Vaccination North-Western Provinces and Oudh 1878-1895 - 1878-1895
Year: 1878
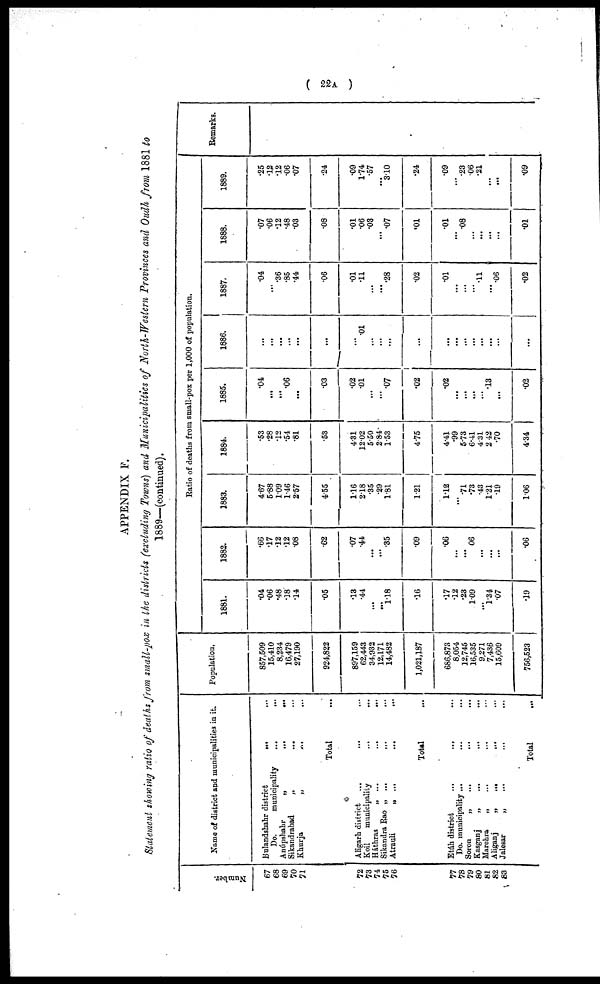
( 22A )
APPENDIX F.
Statement showing ratio of deaths from small-pox in the districts (excluding Towns) and Municipalities of North-Western Provinces and Oudh from 1881 to
1889—(continued).
Number.
67
68
69
70
71
72
73
74
75
76
77
78
79
80
81
82
83
Name of district and municipalities in it.
Bulandshahr district ... ...
Do. municipality ... ...
Anúpshahr „ ... ...
Sikandrabad „ ... ...
Khurja
„
...
...
Total ...
Aligarh district ... ... ...
Koil municipality ... ...
Háthras „ ... ...
Sikandra Rao „ ... ...
Atrauli
„
...
...
Total ...
Etáh district ... ... ...
Do. municipality ... ... ...
Soron „ ... ...
Kasganj „ ... ...
Marchra „ ... ...
Aliganj „ ... ...
Jalesar
„
...
...
Total ...
Population.
857,509
15,410
8,234
16,479
27,190
924,822
897,159
62,443 34,932 12,171
14,482
1,021,187
686,873
8,054
12,745
16,535
9,271
7,436
15,609
756,523
Ratio of deaths from small-pox per 1,000 of population.
1881.
.04
.06
.48
.18
.14
.05
.13
.44
...
...
1.18
.16
.17
.12
.23
1.09
...
1.34
.07
.19
1882.
.66
.17
.12
.12
.08
.62
.07
.44
...
...
.35
.09
.06
...
...
.06
...
...
...
.06
1883.
4.67
5.88
1.09
1.46
2.57
4.55
1.16
2.18
.35
.29
1.81
1.21
1.12
...
.71
.73
.43
1.21
.19
1.06
1884.
.53
.28
.12
.54
.81
.53
4.31
12.02
5.50
2.84
1.53
4.75
4.41
.99
5.73
6.41
4.31
2.42
.70
4.34
1885.
.04
...
...
.06
...
.03
.02
.01
...
...
.07
.02
.02
...
...
...
...
.13
...
.02
1886.
...
...
...
...
...
...
...
.01
...
...
...
...
...
...
...
...
...
...
...
...
1887.
.04
...
.36
.85
.44
.06
.01
.11
...
...
.28
.02
.01
...
...
... .11
... .06
.02
1888.
.07
.06
.12
.48
.03
.08
.01
.06
.03
...
.07
.01
.01
...
.08
...
...
...
...
.01
1889.
.25
.12
.12
.06
.07
.24
.09
1.74
.57
...
3.10
.24
.09
...
.23
.06
.21
...
...
.09
Remarks.